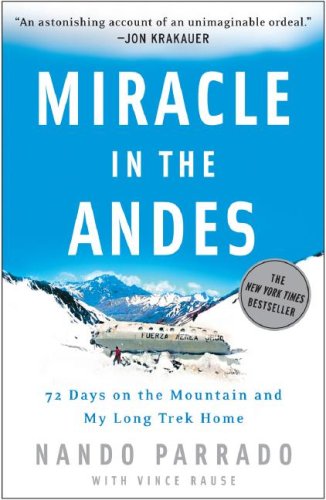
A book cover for Miracle in the Andes: 72 Days on the Mountain and My Long Trek Home; Nando Parrado; Sports & Outdoors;